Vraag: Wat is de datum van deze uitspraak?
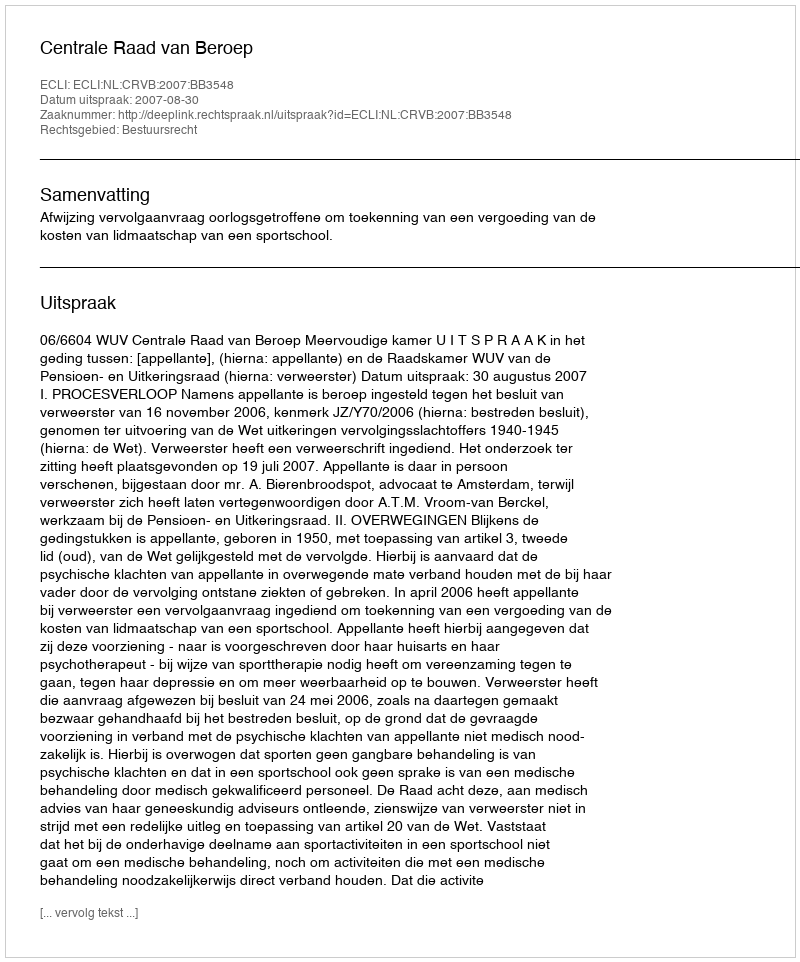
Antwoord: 2007-08-30